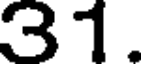
31.